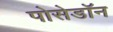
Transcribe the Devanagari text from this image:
पोसेडॉन